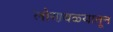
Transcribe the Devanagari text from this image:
लोणवळ्यातून